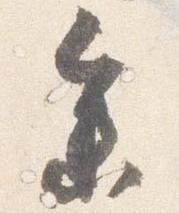
参